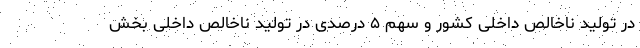
در تولید ناخالص داخلی کشور و سهم ۵ درصدی در تولید ناخالص داخلی بخش